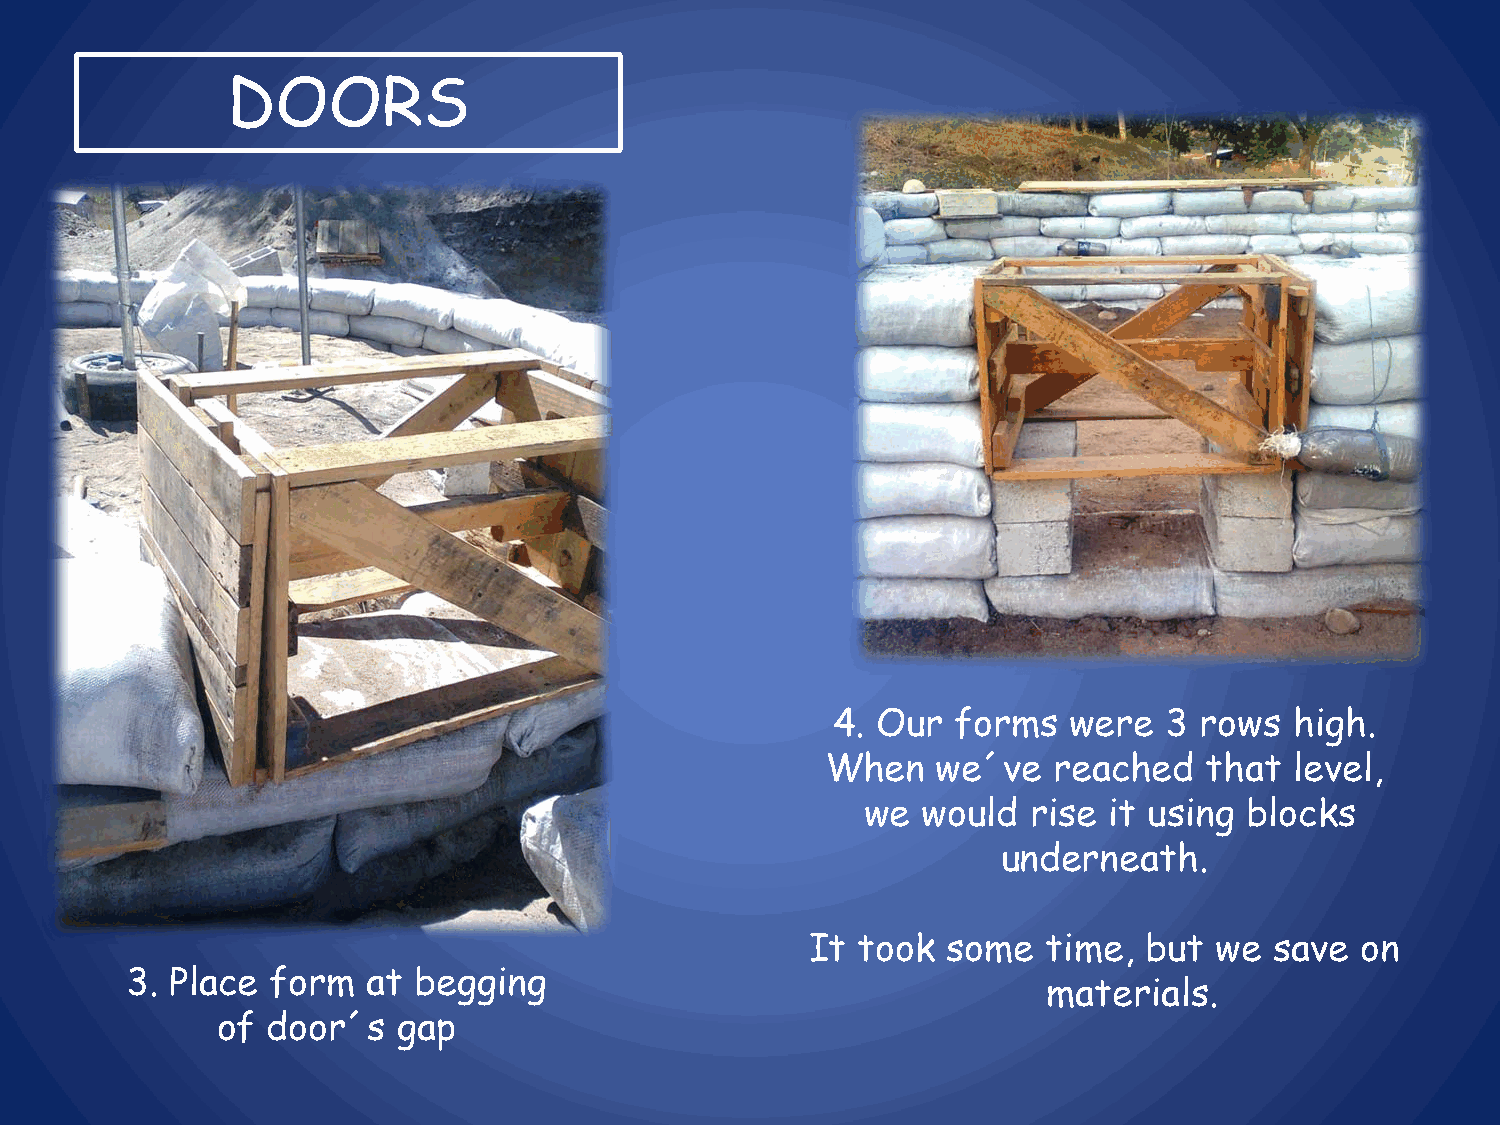
DOORS
 4. Our  forms   were  3 rows   high.
 When   we´ve   reached   that  level,
 we  would  rise it using blocks
 underneath.
 It  took  some  time,  but we  save  on
 3. Place  form  at begging
 materials.
 of  door´s  gap